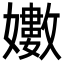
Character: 𭒫